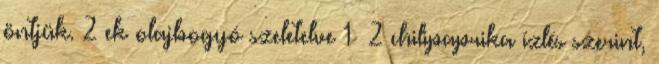
öntjük. 2 ek olajbogyó szeletelve 1 2 chilipaprika ízlés szerint,